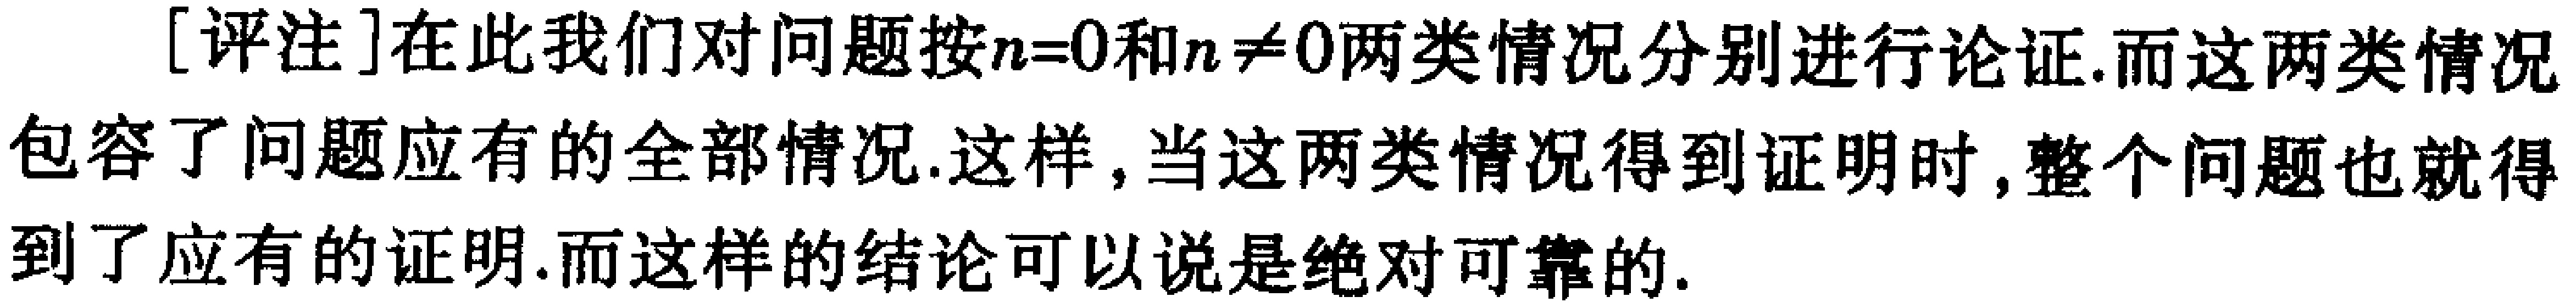
[评注]在此我们对问题按\(n = 0\)和\(n\neq0\)两类情况分别进行论证.而这两类情况包容了问题应有的全部情况.这样，当这两类情况得到证明时,整个问题也就得到了应有的证明.而这样的结论可以说是绝对可靠的.